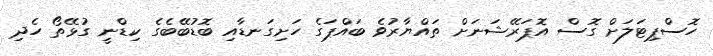
ހޮސްޕިޓަލަށް ގޮސް އޮޕަރޭޝަނަށް ތައްޔާރުވެ ބައްޕަގެ ހަށިގަނޑާއި ބޮޑުބޭބެގެ ކިޑްނީ ގުޅޭތޯ ހެދި